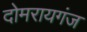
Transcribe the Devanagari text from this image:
दोमरायगंज